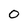
Character: O